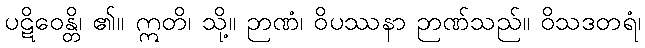
ပဋိဝေန္တိ၊ ၏။ ဣတိ၊ သို့။ ဉာဏံ၊ ဝိပဿနာ ဉာဏ်သည်။ ဝိသဒတရံ၊